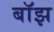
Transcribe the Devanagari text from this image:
बाॅझ